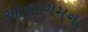
આવાગમના